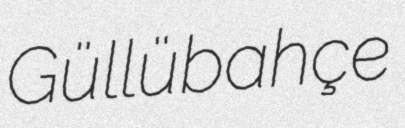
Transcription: Güllübahçe